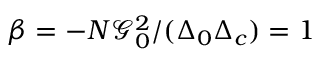
\beta = - N \mathcal { G } _ { 0 } ^ { 2 } / ( \Delta _ { 0 } \Delta _ { c } ) = 1